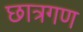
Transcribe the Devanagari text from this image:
छात्रगण